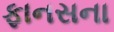
ફાનસના